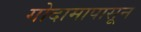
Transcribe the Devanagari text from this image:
गोदामापासून